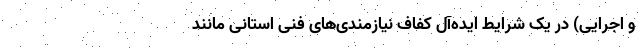
و اجرایی) در یک شرایط ایده‌آل کفاف نیازمندی‌های فنیِ استانی مانند